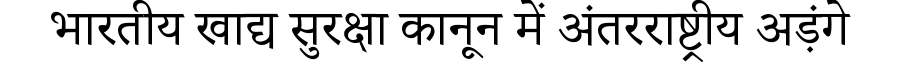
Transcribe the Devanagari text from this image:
भारतीय खाद्य सुरक्षा कानून में अंतरराष्ट्रीय अड़ंगे